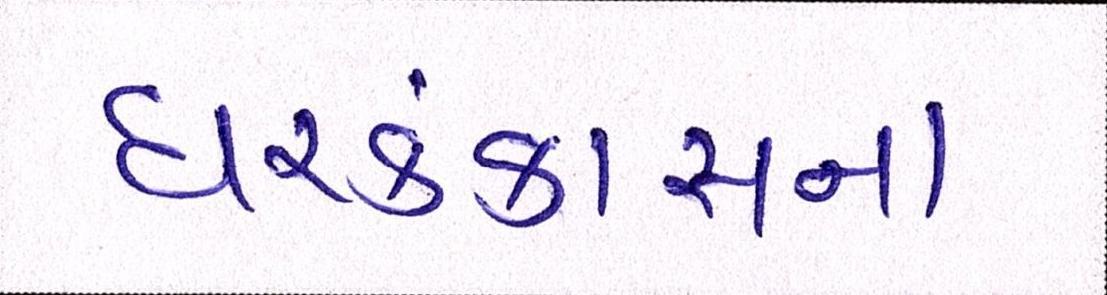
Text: ઘરકંકાસના